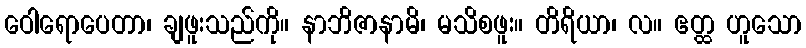
ဝေါရောပေတာ၊ ချဖူးသည်ကို။ နာဘိဇာနာမိ၊ မသိစဖူး။ တိရိယာ၊ လ။ ဧတ္ထ ဟူသော